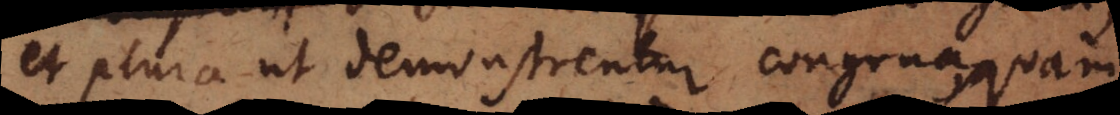
et plura ut demonstrentur congrua, quam